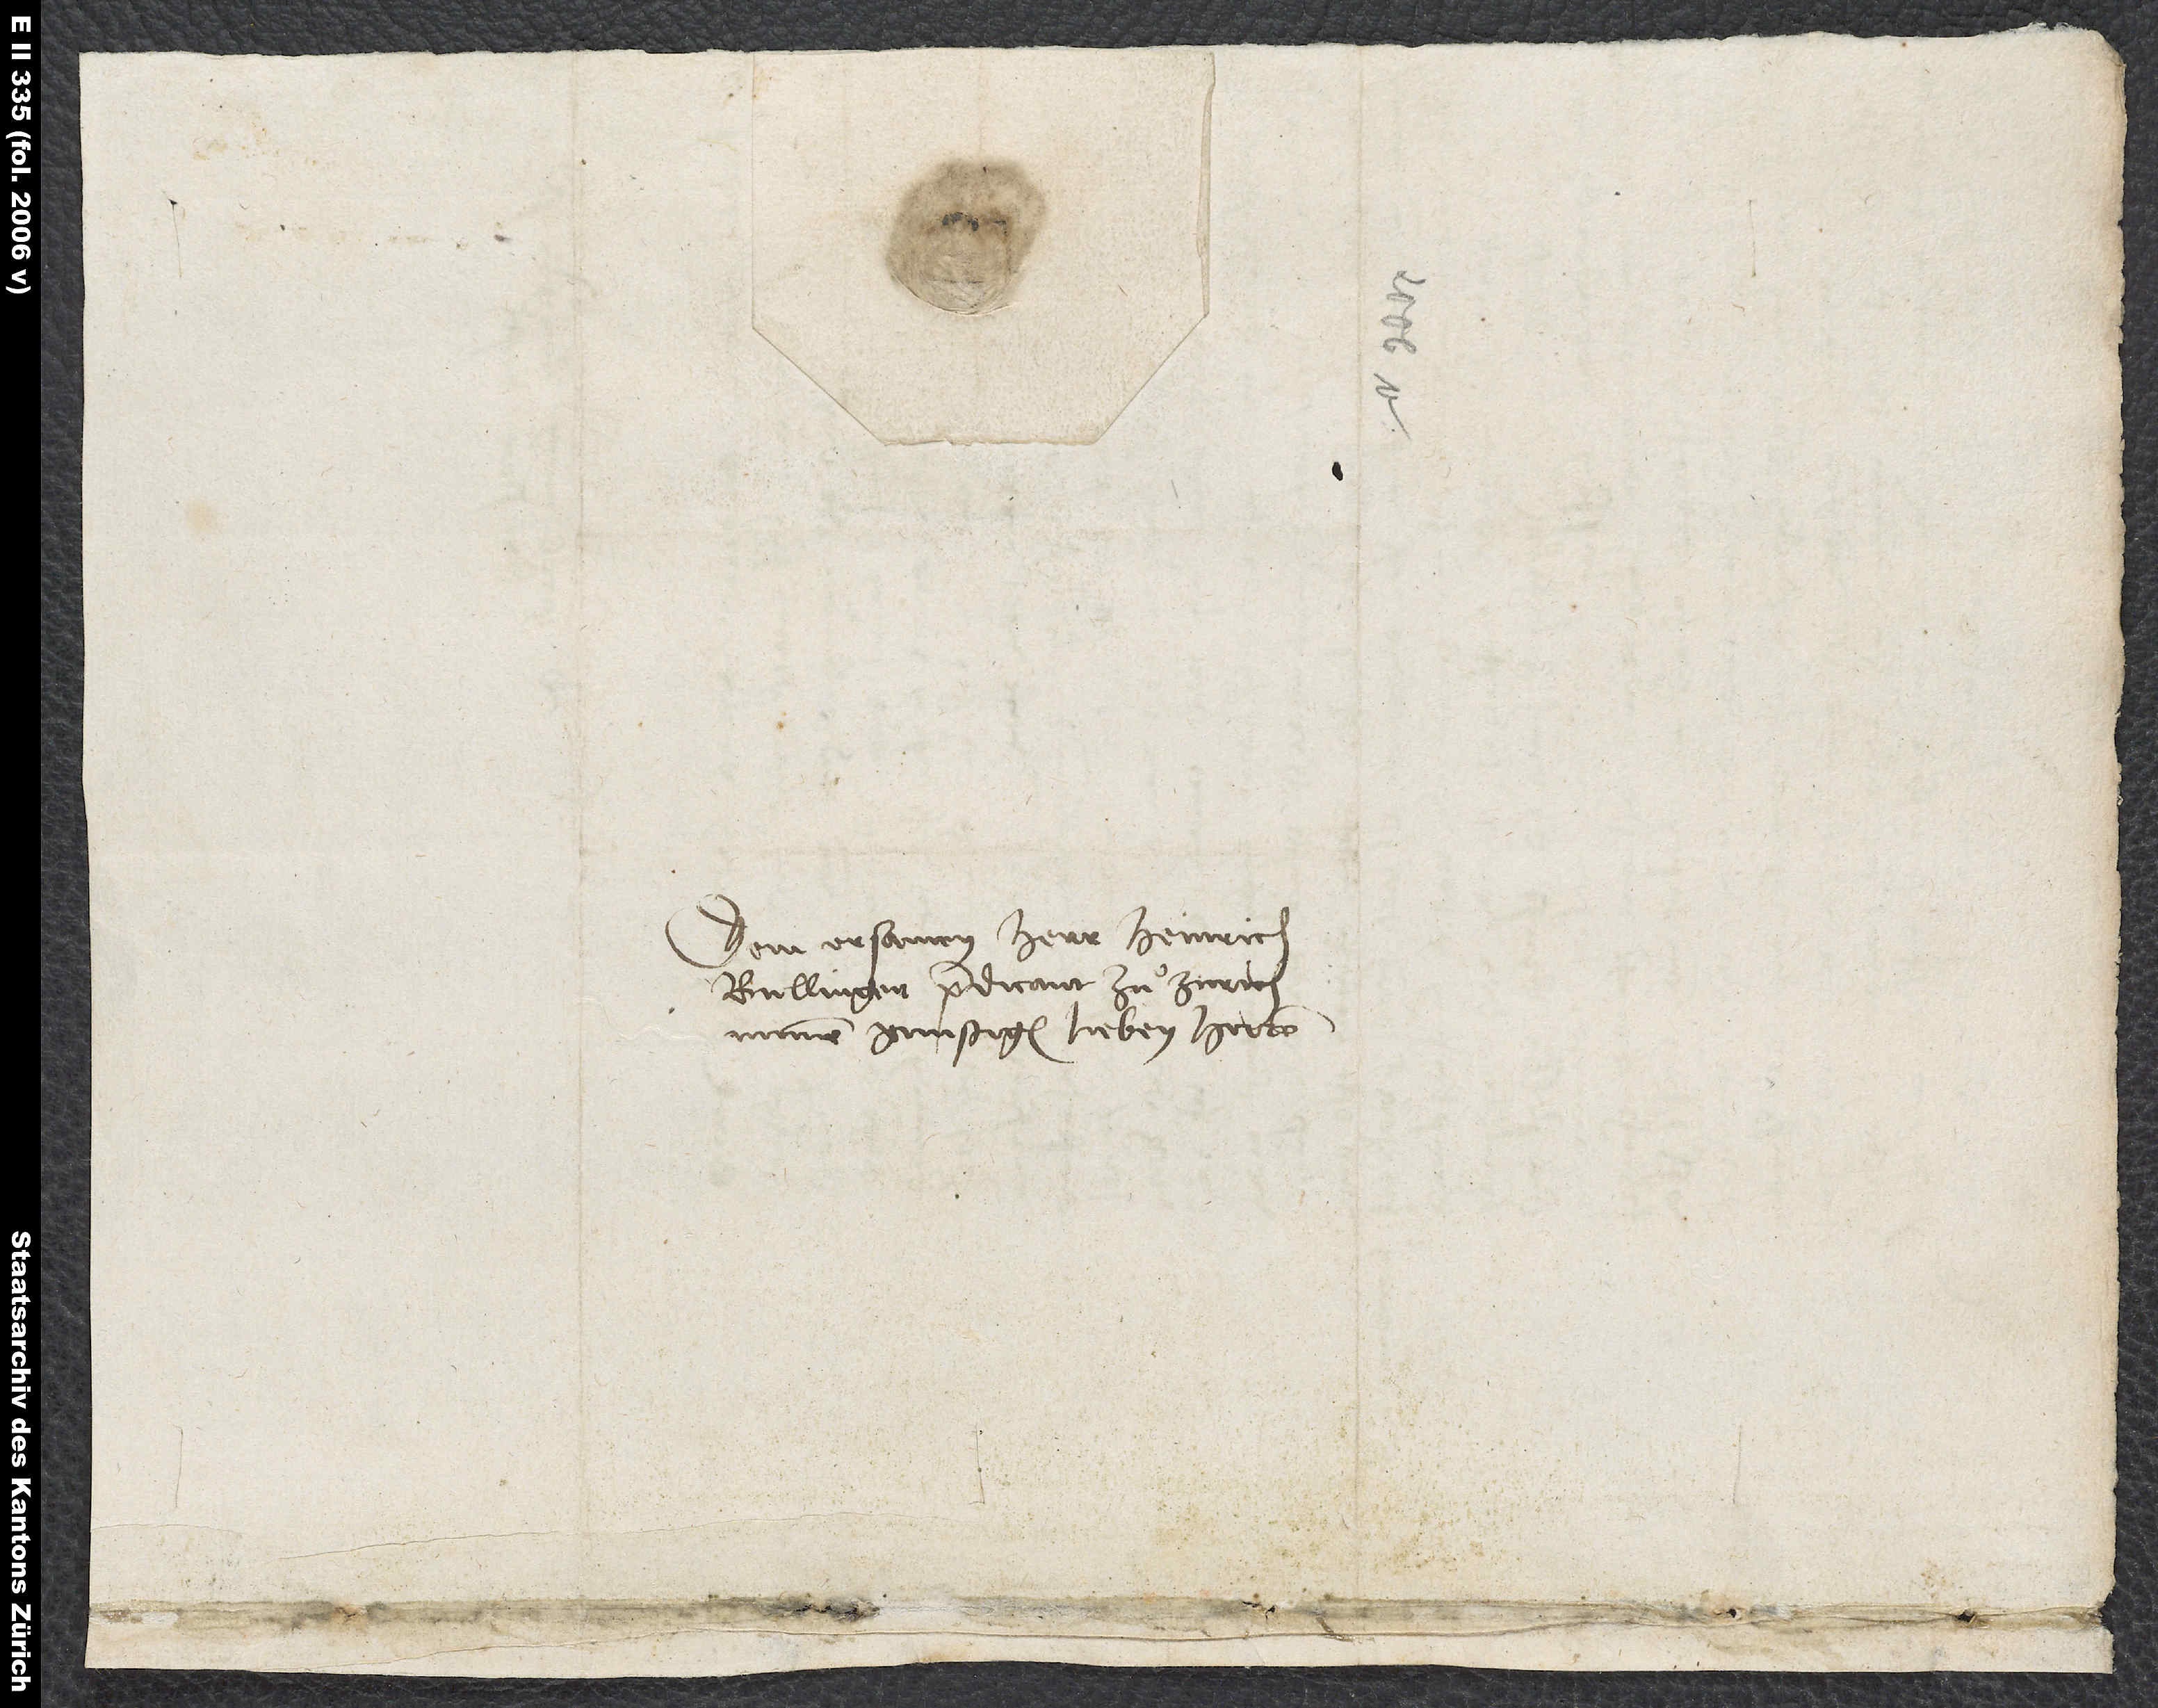
Dem ersamen herr Heinrich
Bullinger, prädicant zuͦ Zürich,
minem gunstigen lieben herren.